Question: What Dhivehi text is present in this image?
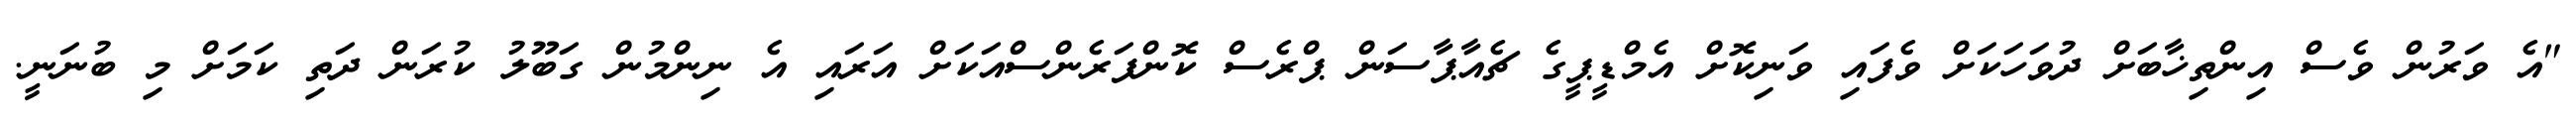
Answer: "އެ ވަރުން ވެސް އިންތިޚާބަށް ދުވަހަކަށް ވެފައި ވަނިކޮށް އެމްޑީޕީގެ ޗެއާޕާސަން ޕްރެސް ކޮންފަރެންސްއަކަށް އަރައި އެ ނިންމުން ގަބޫލު ކުރަން ދަތި ކަމަށް މި ބުނަނީ.